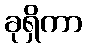
ခုရှိကာ